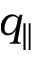
q _ { \parallel }